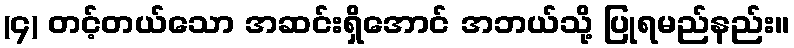
(၄) တင့်တယ်သော အဆင်းရှိအောင် အဘယ်သို့ ပြုရမည်နည်း။